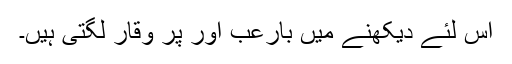
اس لئے دیکھنے میں بارعب اور پُر وقار لگتی ہیں۔